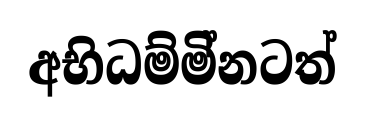
අභිධම්මි්නටත්